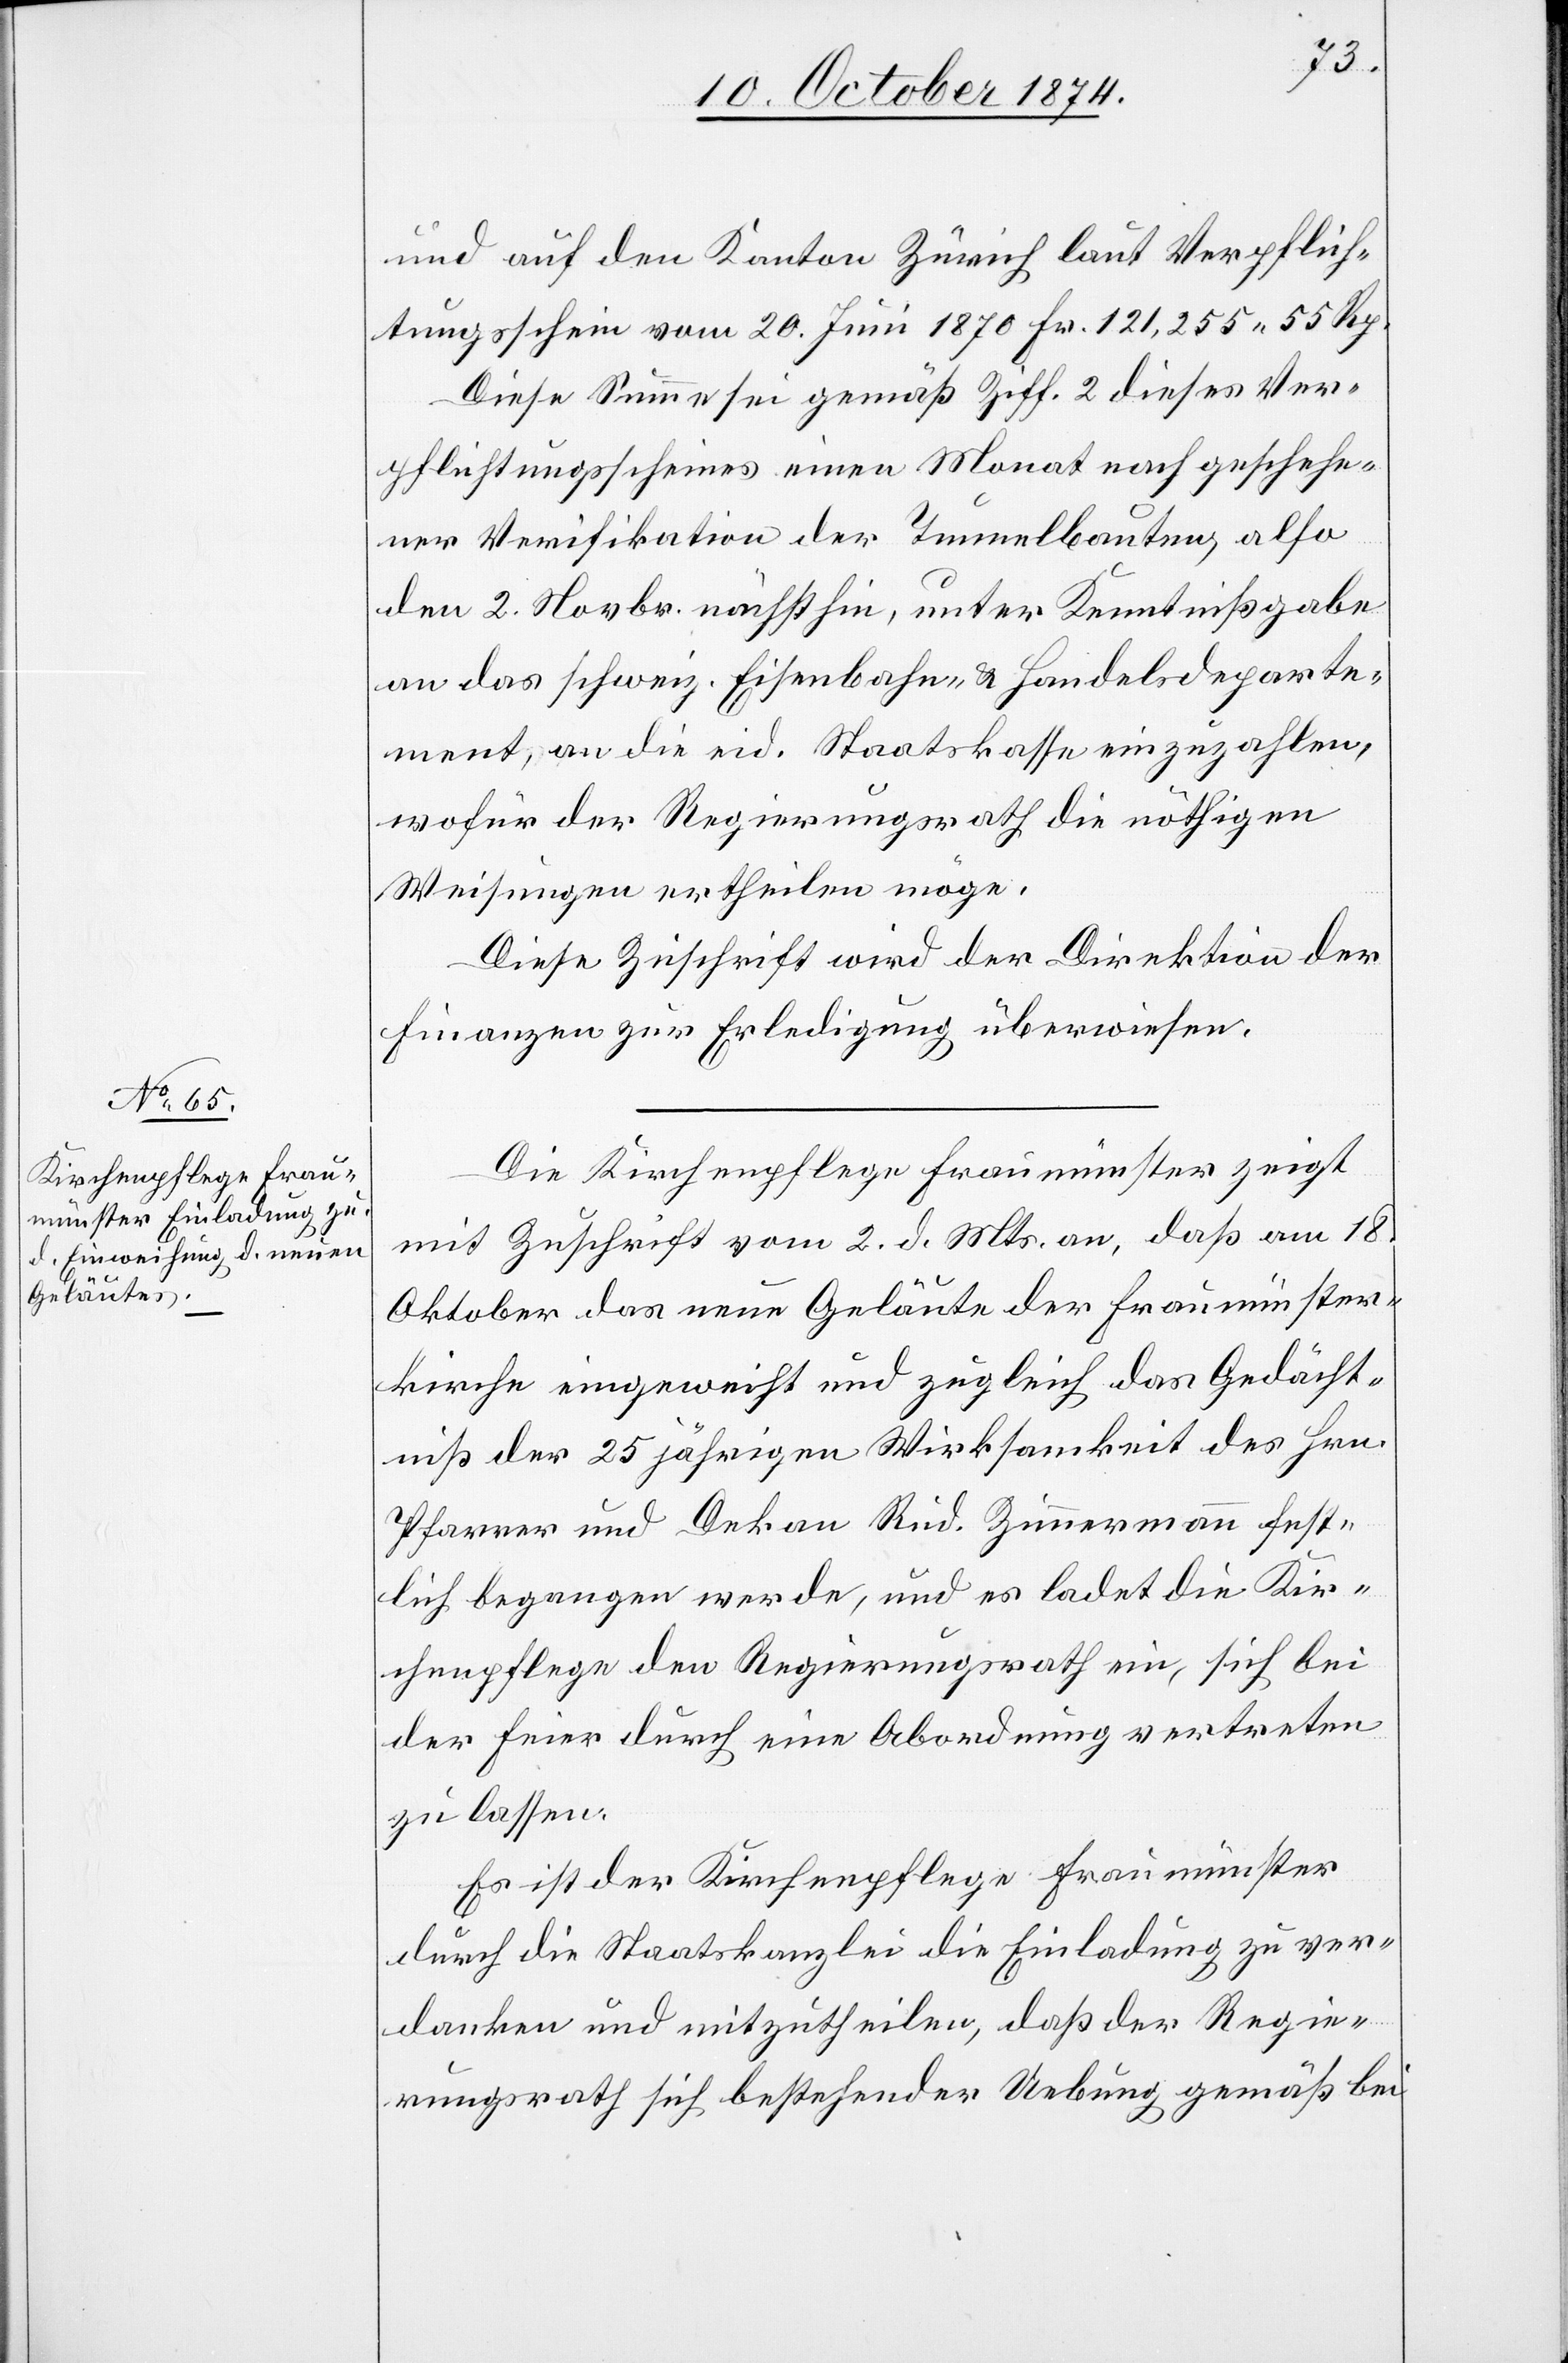
und auf den Kanton Zürich laut Verpflich¬
tungsschein vom 20. Juni 1870 Fr. 121,255.55 Rp.
Diese Summe sei gemäß Ziff. 2 dieses Ver¬
pflichtungsscheines einen Monat nach geschehe¬
ner Verifikation der Tunnelbauten, also
den 2. Novbr. nächsthin, unter Kenntnißgabe
an das schweiz. Eisenbahn- & Handelsdeparte¬
ment, an die eid. Staatskasse einzuzahlen,
wofür der Regierungsrath die nöthigen
Weisungen ertheilen möge.
Diese Zuschrift wird der Direktion der
Finanzen zur Erledigung überwiesen.
Die Kirchenpflege Fraumünster zeigt
mit Zuschrift vom 2. d. Mts. an, daß am 18.
Oktober das neue Geläute der Fraumünster¬
kirche eingeweiht und zugleich das Gedächt¬
niß der 25jährigen Wirksamkeit des Hrn.
Pfarrer und Dekan Rud. Zimmermann fest¬
lich begangen werde, und es ladet die Kir¬
chenpflege den Regierungsrath ein, sich bei
der Feier durch eine Abordnung vertreten
zu lassen.
Es ist der Kirchenpflege Fraumünster
durch die Staatskanzlei die Einladung zu ver¬
danken und mitzutheilen, daß der Regie¬
rungsrath sich bestehender Uebung gemäß bei